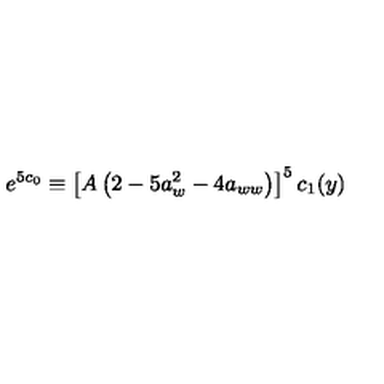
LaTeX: e ^ { 5 c _ { 0 } } \equiv \left[ A \left( 2 - 5 a _ { w } ^ { 2 } - 4 a _ { w w } \right) \right] ^ { 5 } c _ { 1 } ( y )